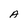
Character: A